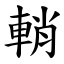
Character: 輎